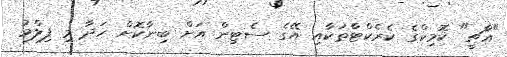
"އާޗީ" ކޮމިކްގެ ކެރެކްޓާތަކާއި އޭގެ ސެޓިން އަށް ބިނާކޮށް ހަދާ މި ފިލްމު